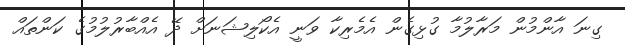
ގިނަ އާންމުން މަރާލުމާ ގުޅިގެން އެމެރިކާ ވަނީ އެކޯލިޝަނަށް ދޭ އެއްބާރުލުމުގެ ކަންތައް